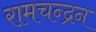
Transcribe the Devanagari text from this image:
रामचन्‍द्रन